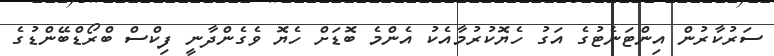
ސަރުކާރުން އިންޓަނެޓުގެ އަގު ހެޔޮކުރުމާއެކު އެންމެ ބޮޑަށް ހެޔޮ ވެގެންދާނީ ފިކްސް ބްރޯޑްބޭންޑުގެ